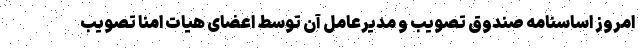
امروز اساسنامه صندوق تصویب و مدیرعامل آن توسط اعضای هیات امنا تصویب